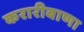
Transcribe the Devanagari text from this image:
करारीबाणा